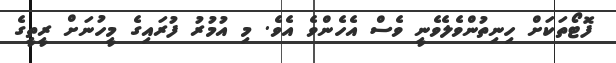
ފޮޓޯތަކަށް ހިނިތުންވެލެވެނީ ވެސް އެހެންވެ އެވެ. މި އުމުރު ފުރައިގެ މީހުނަށް ރީތީގެ